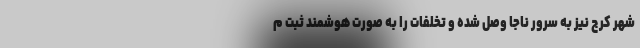
شهر کرج نیز به سرور ناجا وصل شده و تخلفات را به صورت هوشمند ثبت م